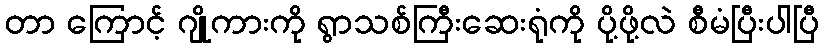
တာ ကြောင့် ဂျိုကားကို ရွာသစ်ကြီးဆေးရုံကို ပို့ဖို့လဲ စီမံပြီးပါပြီ